Leaving Certificate Examination (including Day School Certificate (Higher) General paper), 1933
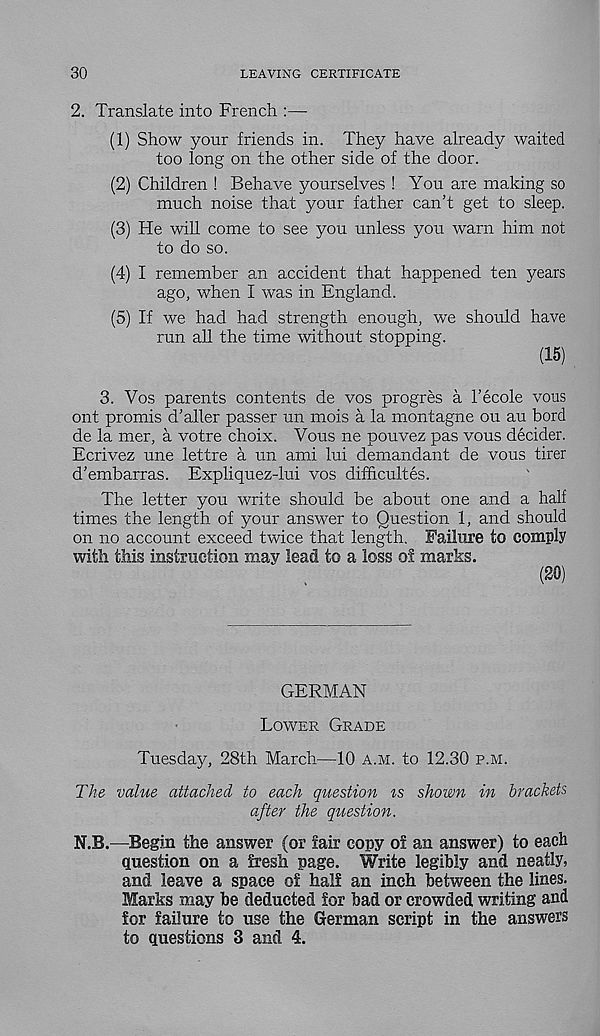
30
LEAVING CERTIFICATE
2. Translate into French :—
(1) Show your friends in. They have already waited
too long on the other side of the door.
(2) Children ! Behave yourselves ! You are making so
much noise that your father can’t get to sleep.
(3) He will come to see you unless you warn him not
to do so.
(4) I remember an accident that happened ten years
ago, when I was in England.
(5) If we had had strength enough, we should have
run all the time without stopping.
(15)
3. Vos parents contents de vos progres a 1’ecole vous
out promts d’aller passer un mois a la montagne ou au bord
de la mer, a votre choix. Vous ne pouvez pas vous decider.
Ecrivez une lettre a un ami lui demandant de vous tirer
d’embarras. Expliquez-lui vos difficultes.
The letter you write should be about one and a half
times the length of your answer to Question 1, and should
on no account exceed twice that length. Failure to comply
with this instruction may lead to a loss of marks.
(SO)
GERMAN
Lower Grade
Tuesday, 28th March—10 a.m. to 12.30 p.m.
The value attached to each question is shown in brackets
after the question.
N.B.—Begin the answer (or fair copy of an answer) to each
question on a fresh page. Write legibly and neatly,
and leave a space of half an inch between the lines.
Marks may be deducted for bad or crowded writing and
for failure to use the German script in the answers
to questions 3 and 4.